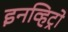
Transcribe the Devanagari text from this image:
इनव्हिट्रो